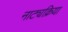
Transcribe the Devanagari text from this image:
नाट्यक्रिया